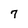
Character: 7